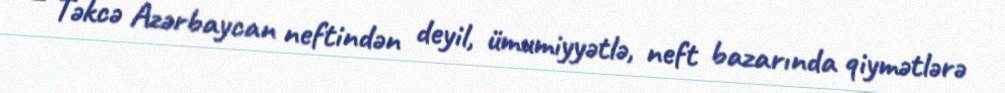
– Təkcə Azərbaycan neftindən deyil, ümumiyyətlə, neft bazarında qiymətlərə